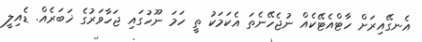
އެނގޭއިރަށް ހާޓްއެޓޭކެއް ނުޖެހޭނެތަ އެކަމަކު ތީ ހަމަ ނޫހުގައި ޖަހާވަރުގެ ޚަބަރެއް. ޑެއިލީ